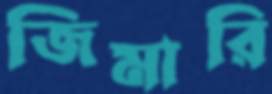
জিমারি